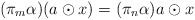
\begin{align*}(\pi_m\alpha)(a\odot x)=(\pi_n\alpha) a\odot x\end{align*}